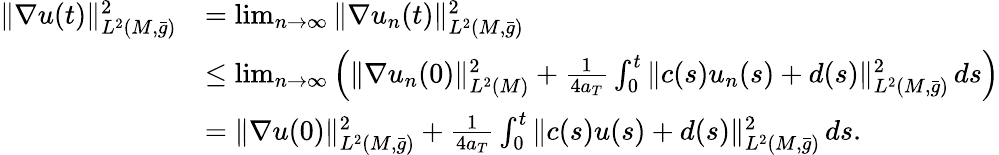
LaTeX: \begin{array}{rl}{\| \nabla u(t)\| _{L^{2}(M,\bar{g})}^{2}}&{=\operatorname*{lim}_{n\to\infty}\| \nabla u_{n}(t)\| _{L^{2}(M,\bar{g})}^{2}}\\ &{\le\operatorname*{lim}_{n\to\infty}\left(\| \nabla u_{n}(0)\| _{L^{2}(M)}^{2}+\frac{1}{4a_{T}}\int_{0}^{t}\| c(s)u_{n}(s)+d(s)\| _{L^{2}(M,\bar{g})}^{2}\, ds\right)}\\ &{=\| \nabla u(0)\| _{L^{2}(M,\bar{g})}^{2}+\frac{1}{4a_{T}}\int_{0}^{t}\| c(s)u(s)+d(s)\| _{L^{2}(M,\bar{g})}^{2}\, ds.}\end{array}